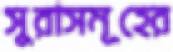
সুরাসমূহের